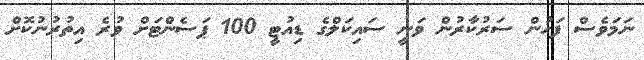
ނަމަވެސް ފަހުން ސަރުކާރުން ވަނީ ސައިކަލްގެ ޑިއުޓީ 100 ޕަސެންޓަށް ވުރެ އިތުރުނުކޮށް